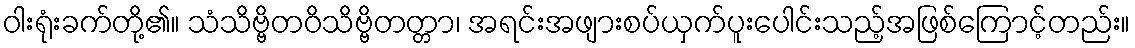
ဝါးရုံးခက်တို့၏။ သံသိဗ္ဗိတဝိသိဗ္ဗိတတ္တာ၊ အရင်းအဖျားစပ်ယှက်ပူးပေါင်းသည့်အဖြစ်ကြောင့်တည်း။